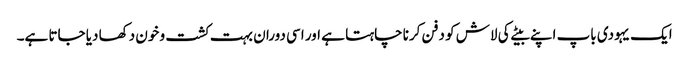
ایک یہودی باپ اپنے بیٹے کی لاش کو دفن کرنا چاہتا ہے اور اسی دوران بہت کشت و خون دکھا دیا جاتا ہے۔